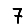
Digit: 7